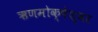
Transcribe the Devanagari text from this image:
ऋणमोक्षेश्वर